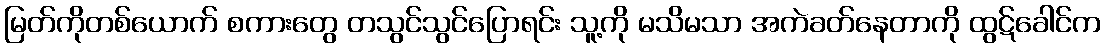
မြတ်ကိုတစ်ယောက် စကားတွေ တသွင်သွင်ပြောရင်း သူ့ကို မသိမသာ အကဲခတ်နေတာကို ထွဋ်ခေါင်က